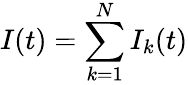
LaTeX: I(t)=\sum_{k=1}^{N}I_{k}(t)